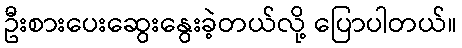
ဦးစားပေးဆွေးနွေးခဲ့တယ်လို့ ပြောပါတယ်။